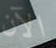
الآن